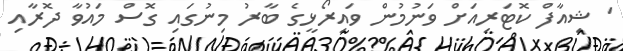
' ޝިއާފް ކޮޓަރިއަށް ވަނުމުން ވައިރޯޅީގެ ބާރު މިނުގައި ގޮސް މައުވާ ދޮރާއި